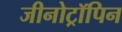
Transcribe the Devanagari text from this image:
जीनोट्रॉपिन